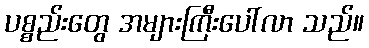
ပစ္စည်းတွေ အများကြီးပေါ်လာ သည်။